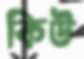
কিউ